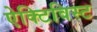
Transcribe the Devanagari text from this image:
ऐक्टिविस्ट